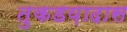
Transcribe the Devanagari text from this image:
तुकडय़ादास